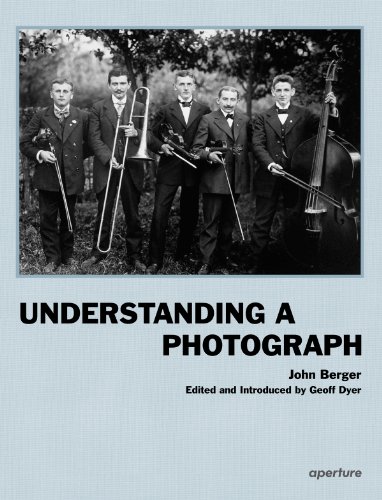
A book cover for Understanding a Photograph; John Berger; Arts & Photography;